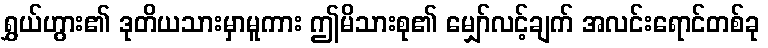
ရွှယ်ဟွား၏ ဒုတိယသားမှာမူကား ဤမိသားစု၏ မျှော်လင့်ချက် အလင်းရောင်တစ်ခု